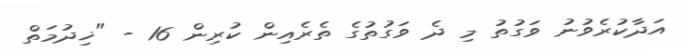
އަދާކުރެވުނު ވަގުތު މި ދެ ވަގުތުގެ ތެރެއިން ކުރިން 16 - "ޚިދުމަތް